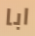
ابا